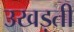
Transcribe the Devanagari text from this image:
उखड़ती